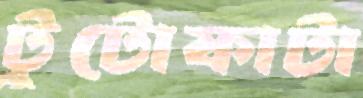
টুটোফাটা